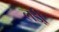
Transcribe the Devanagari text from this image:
लडी़